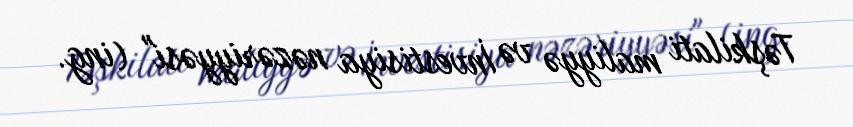
Təşkilati maliyyə və İnvestisiya nəzəriyyəsi" (ing.